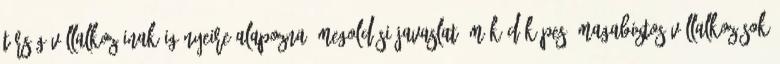
térség vállalkozóinak igényeire alapozna. Megoldási javaslat ▪Működőképes, magabiztos vállalkozások